65_HS1-834228961_62-HQ-83894_Section_8
Agency: FBI
Page 185
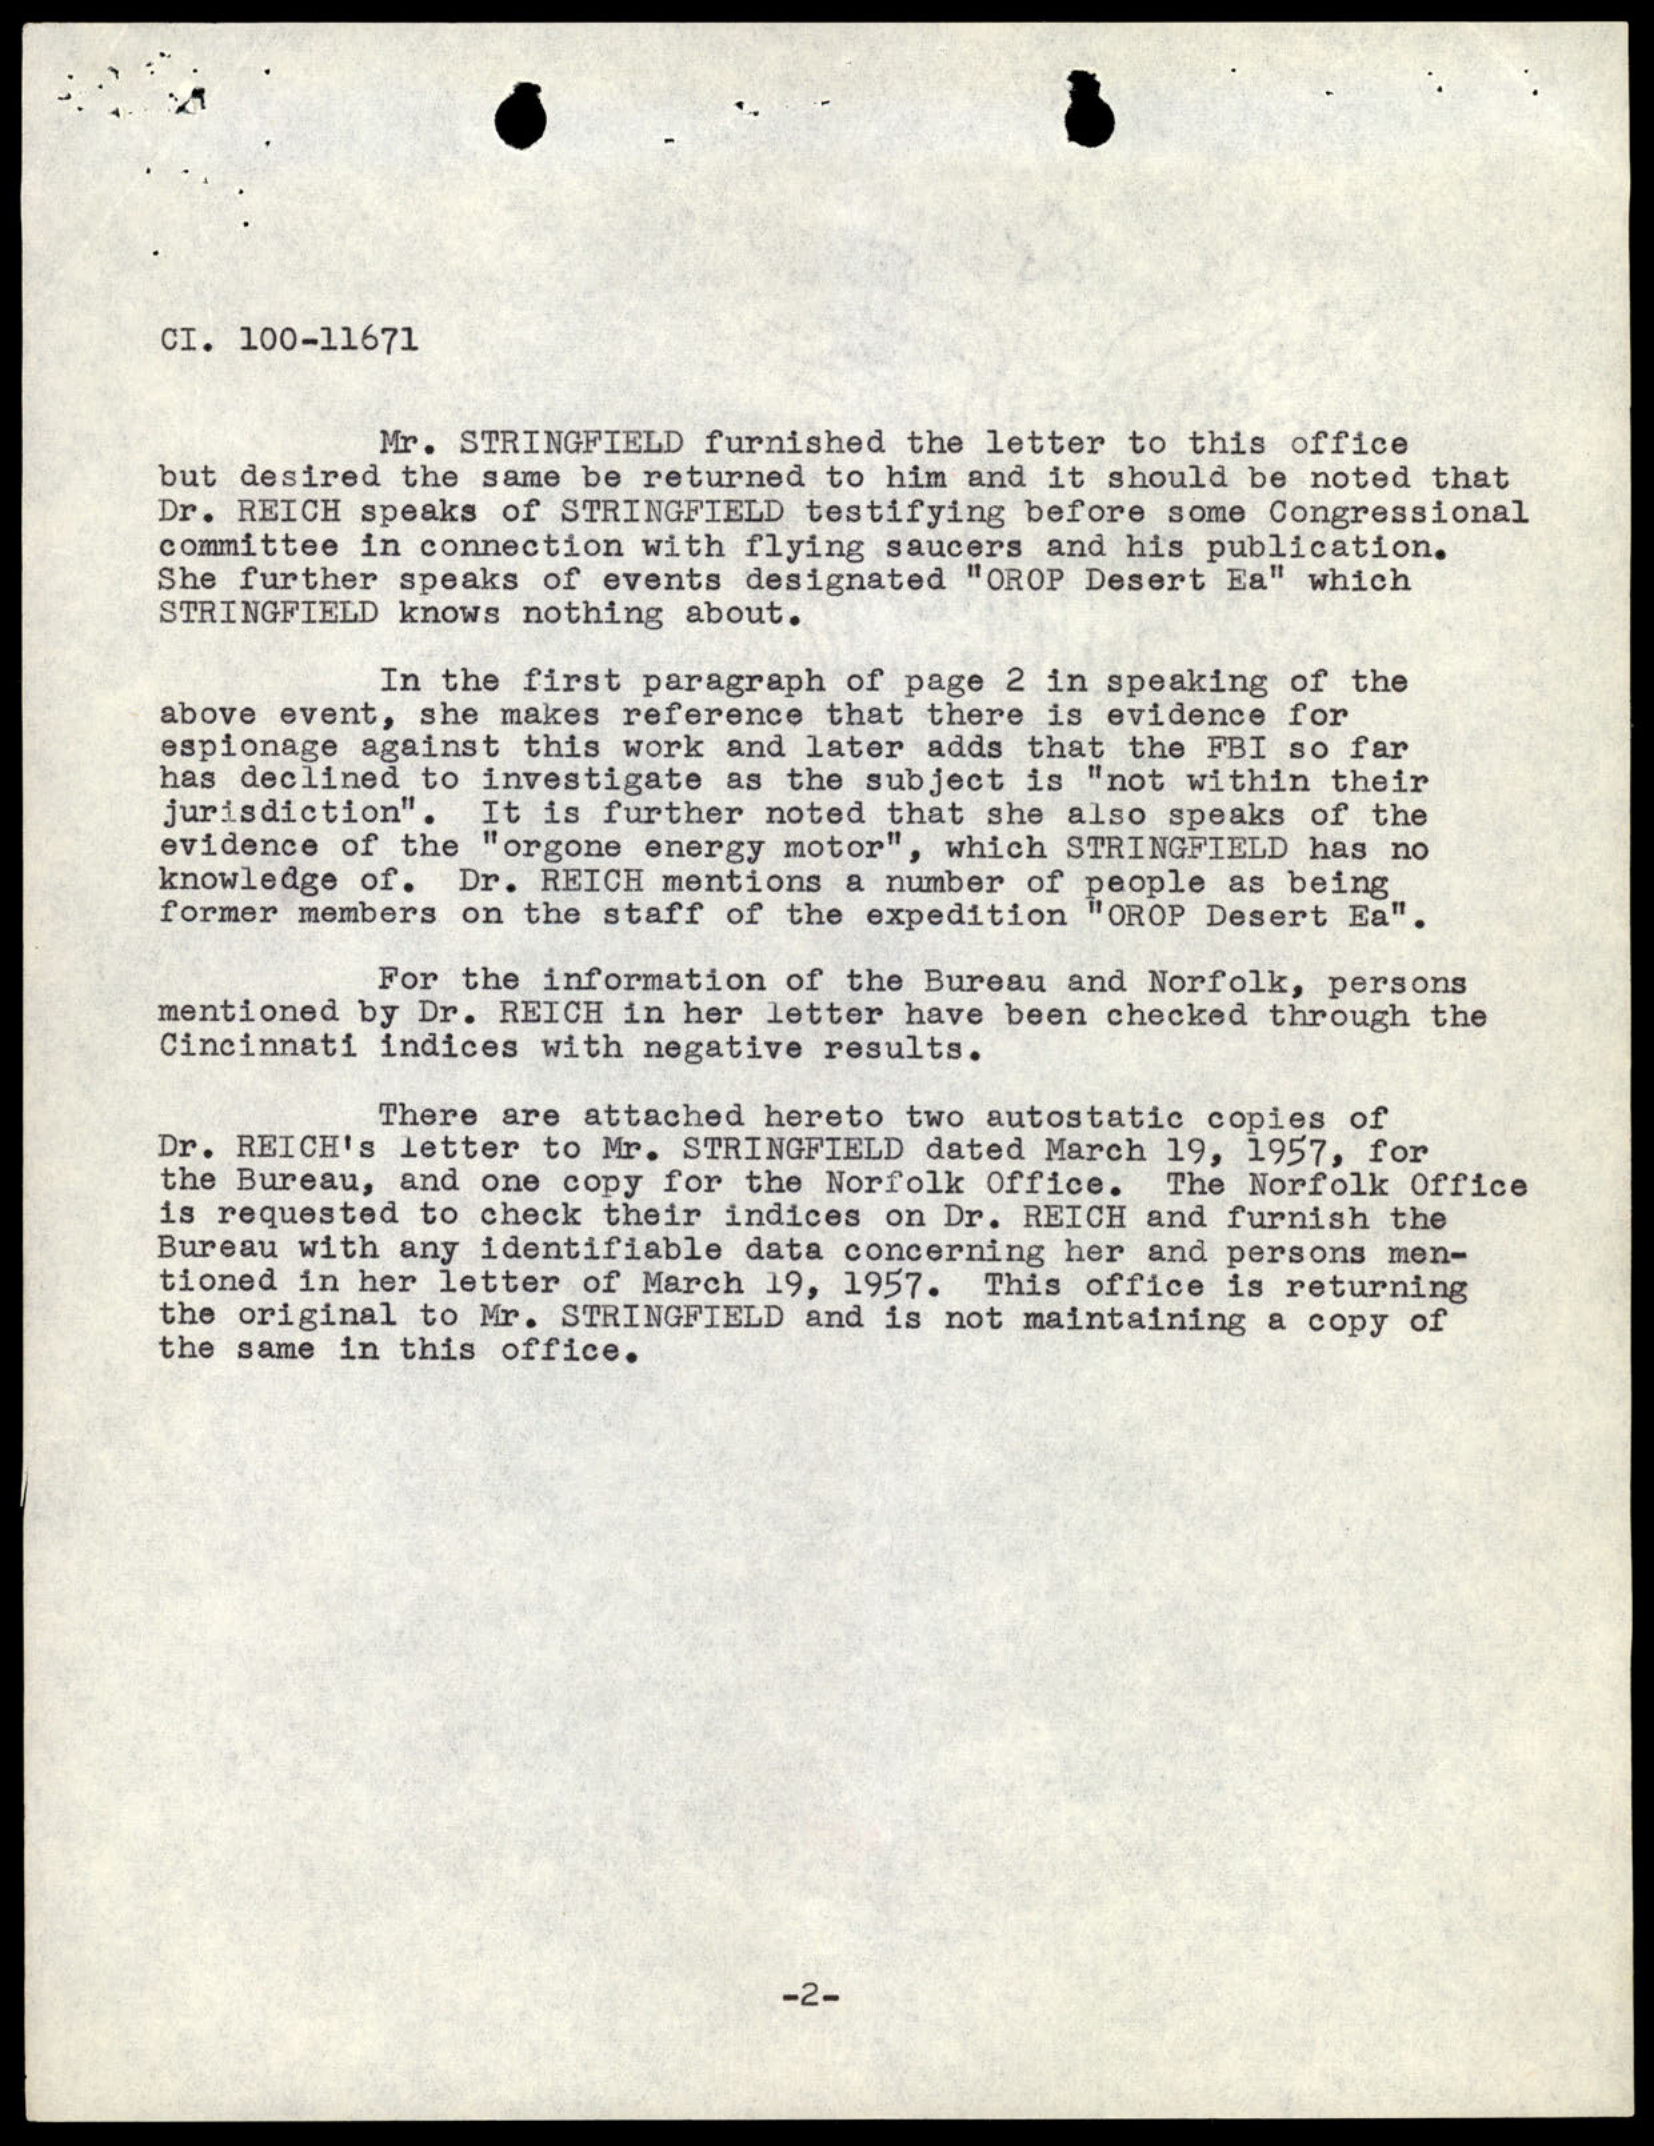